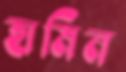
হামিন